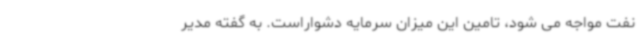
نفت مواجه می شود، تامین این میزان سرمایه دشواراست. ‌به گفته مدیر